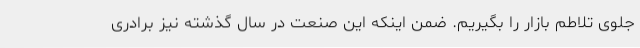
جلوی تلاطم بازار را بگیریم. ضمن اینکه این صنعت در سال گذشته نیز برادری